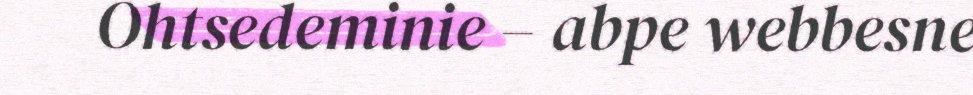
Ohtsedeminie – abpe webbesne